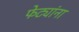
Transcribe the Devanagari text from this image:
फेट्यांना